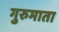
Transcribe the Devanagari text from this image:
गुरुमाता